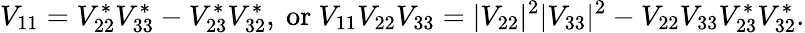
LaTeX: V_{11}=V_{22}^{*}V_{33}^{*}-V_{23}^{*}V_{32}^{*},\mathrm{~or~}V_{11}V_{22}V_{33}=|V_{22}|^{2}|V_{33}|^{2}-V_{22}V_{33}V_{23}^{*}V_{32}^{*}.